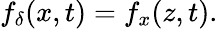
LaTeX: f_{\delta}(x,t)=f_{x}(z,t).